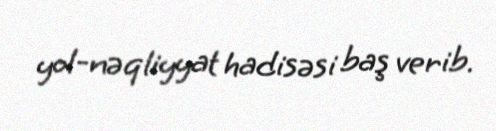
yol-nəqliyyat hadisəsi baş verib.